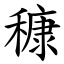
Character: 穅